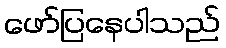
ဖော်ပြနေပါသည်